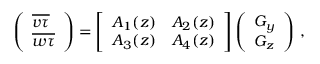
\begin{array} { r } { \left( \begin{array} { l } { \overline { { v \tau } } } \\ { \overline { { w \tau } } } \end{array} \right) = \left[ \begin{array} { l l } { A _ { 1 } ( z ) } & { A _ { 2 } ( z ) } \\ { A _ { 3 } ( z ) } & { A _ { 4 } ( z ) } \end{array} \right] \left( \begin{array} { l } { G _ { y } } \\ { G _ { z } } \end{array} \right) \, , } \end{array}